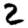
Digit: 2